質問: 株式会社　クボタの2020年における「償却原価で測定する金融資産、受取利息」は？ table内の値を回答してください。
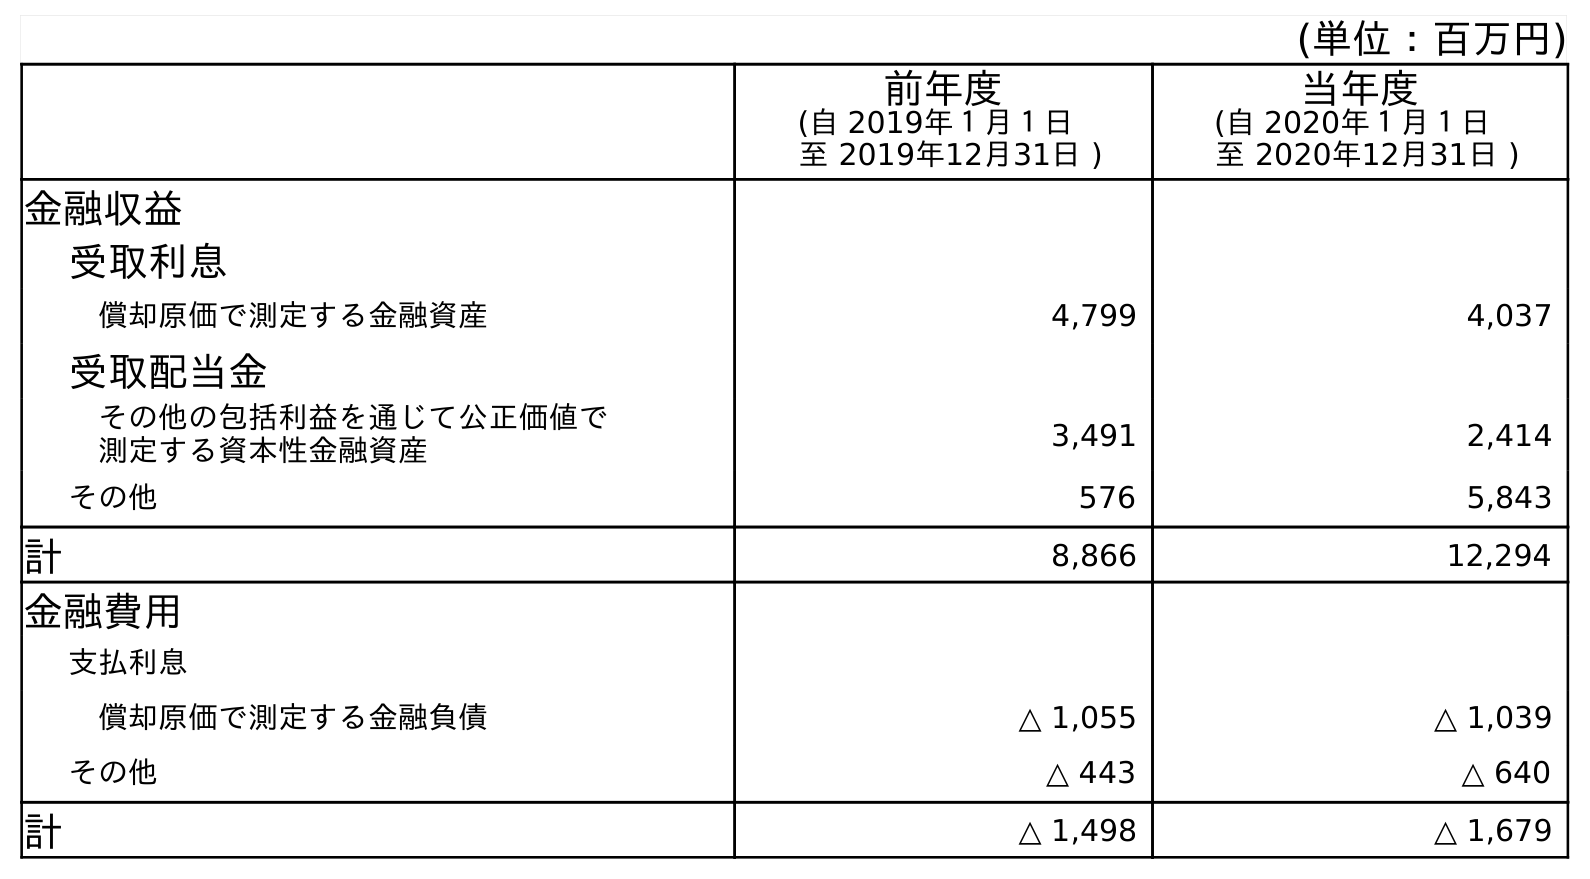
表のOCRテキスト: (単位：百万円) 前年度 (自 2019年１月１日 至 2019年12月31日 ) 当年度 (自 2020年１月１日 至 2020年12月31日 ) 金融収益 受取利息 償却原価で測定する金融資産 4,799 4,037 受取配当金 その他の包括利益を通じて公正価値で 測定する資本性金融資産 3,491 2,414 その他 576 5,843 計 8,866 12,294 金融費用 支払利息 償却原価で測定する金融負債 △ 1,055 △ 1,039 その他 △ 443 △ 640 計 △ 1,498 △ 1,679
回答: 4,037